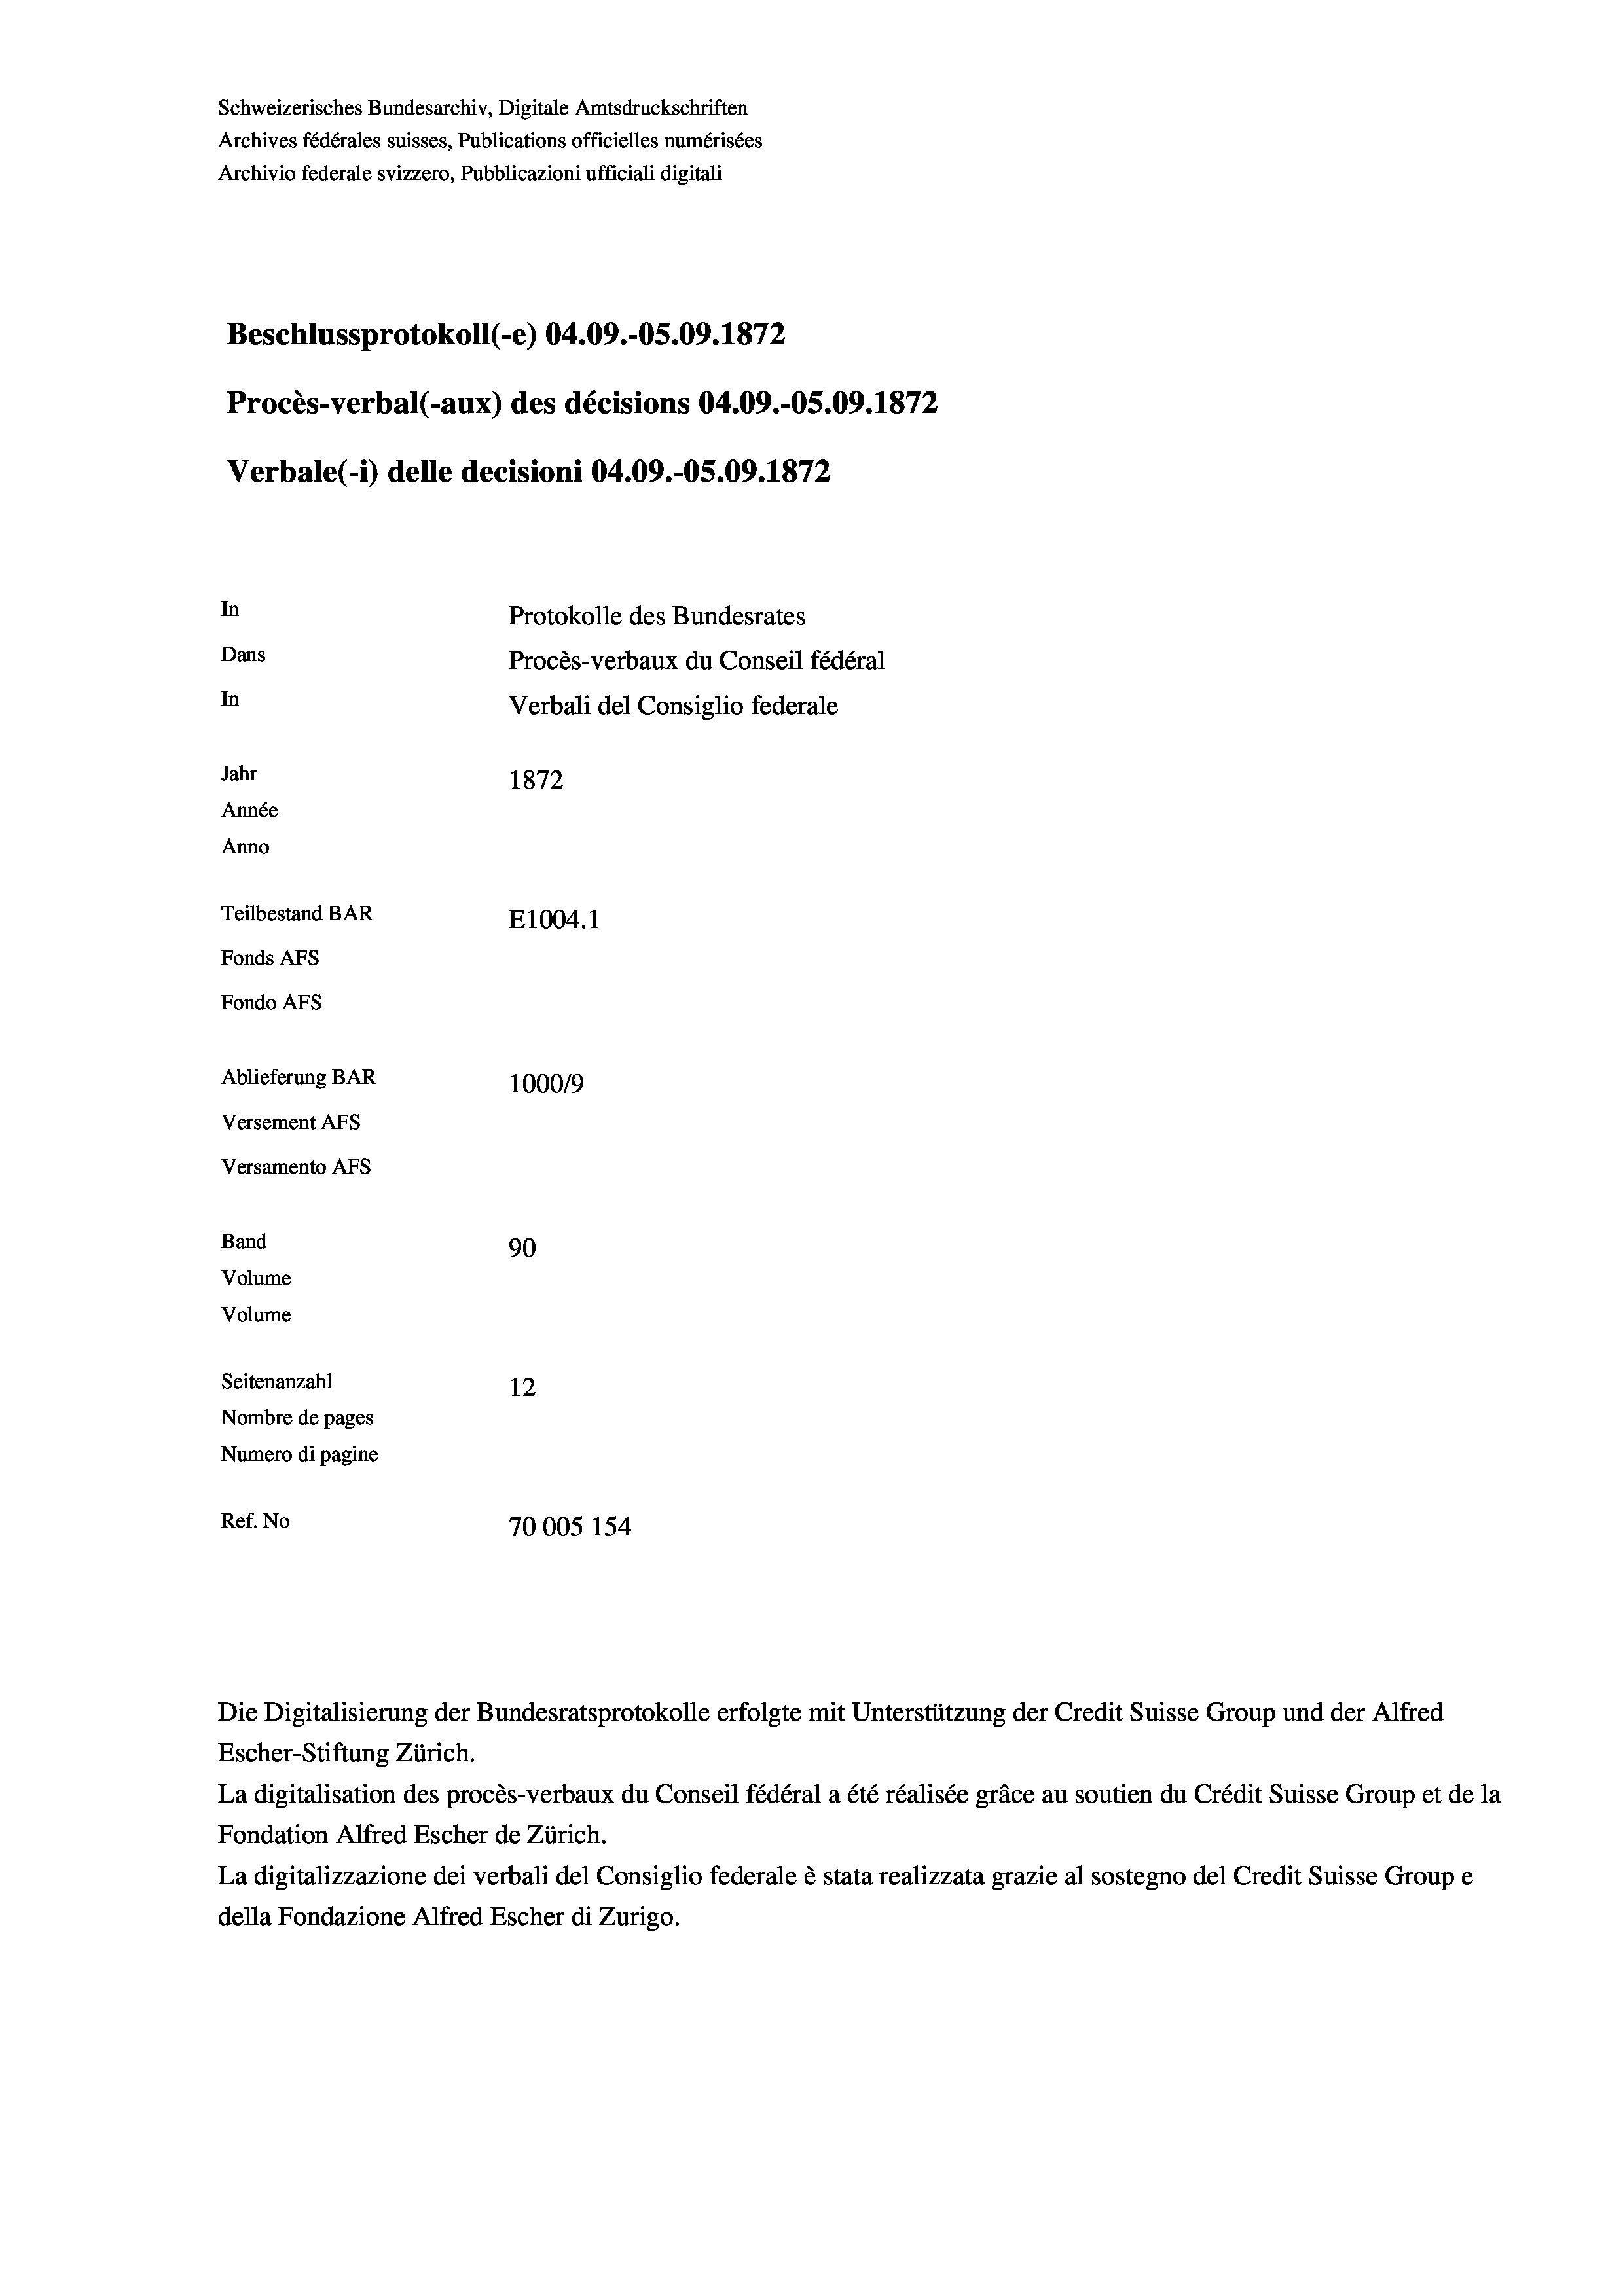
Schweizerisches Bundesarchiv, Digitale Amtsdruckschriften
Archives fédérales suisses, Publications officielles numérisées
Archivio federale svizzero, Pubblicazioni ufficiali digitali
Beschlussprotokoll (-e) 04.09.-OS.09. 1872
Procès-verbal (-aux) des décisions 04.09.-OS.09. 1872
Verbale (- 1) delle decisioni 04.09.-O5.09. 1872
In
Protokolle des Bundesrates
Dans
Procès-verbaux du Conseil fédéral
In
Verbali del Consiglio federale
Jahr
1872
Année
Anno
Teilbestand BAR
E1004. 1
Fonds AFs
Fondo Afs
Ablieferung BAR
100019
Versement AFs
Versamento AFs
Band
90
Volume
Volume
Seitenanzahl
12
Nombre de pages
Numero di pagine
Ref. No
70005 154

Die Digitalisierung der Bundesratsprotokolle erfolgte mit Unterstützung der Credit Suisse Group und der Alfred

Escher-Stiftung Zürich.
La digitalisation des procès-verbaux du Conseil fédéral a été réalisée gräce au soutien du Crédit Suisse Group et de la
Fondation Alfred Escher de Zürich.
La digitalizzazione dei verbali del Consiglio federale è stata realizzata grazie al sostegno del Credit Suisse Groupe
della Fondazione Alfred Escher di Zurigo.